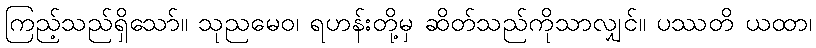
ကြည့်သည်ရှိသော်။ သုညမေဝ၊ ရဟန်းတို့မှ ဆိတ်သည်ကိုသာလျှင်။ ပဿတိ ယထာ၊